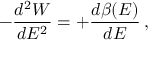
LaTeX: - { \frac { d ^ { 2 } W } { d E ^ { 2 } } } = + { \frac { d \beta ( E ) } { d E } } \, ,